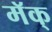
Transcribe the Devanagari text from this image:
मॅक्